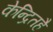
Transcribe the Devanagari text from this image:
केन्द्रितहै